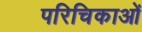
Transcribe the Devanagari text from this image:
परिचिकाओं